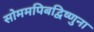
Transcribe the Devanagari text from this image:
सोममपिबद्विष्णुना